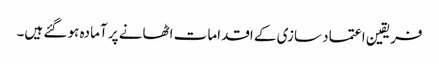
فریقین اعتماد سازی کے اقدامات اٹھانے پر آمادہ ہو گئے ہیں۔